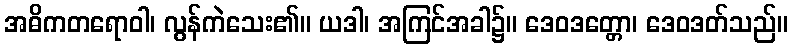
အဓိကတရောဝါ၊ လွန်ကဲသေး၏။ ယဒါ၊ အကြင်အခါ၌။ ဒေဝဒတ္တော၊ ဒေဝဒတ်သည်။